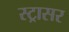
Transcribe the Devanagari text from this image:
स्ट्रासर